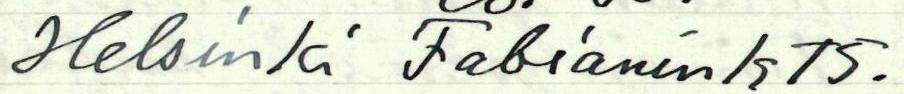
Helsinki Fabianink 15.